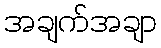
အချက်အချာ